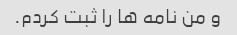
و من نامه ها را ثبت کردم.